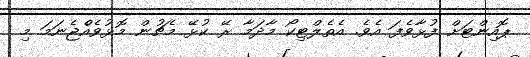
ޕޮއިންޓަށް ފުޅާވެފަ އެވެ. އެތެލްޓިކޯ މާދަމާ ރޭ ކުޅޭ މެޗުން މޮޅުވެއްެޖެނަމަ މި